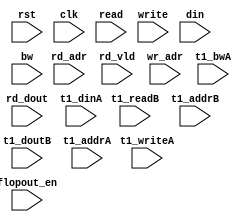
module algo_1r1w_b714_sva_wrap(rst,clk, flopout_en, read, rd_adr, rd_dout, rd_vld, write, wr_adr, din, bw, 
  t1_readB, t1_addrB, t1_doutB,
  t1_writeA, t1_addrA, t1_dinA, t1_bwA

);
parameter IP_WIDTH = 15;
parameter IP_BITWIDTH = 4;
parameter IP_NUMADDR = 256;
parameter IP_BITADDR = 8;
parameter IP_NUMVBNK = 1;
parameter IP_BITVBNK = 0;
parameter IP_SECCBITS = 4;
parameter IP_SECCDWIDTH = 1;
parameter IP_BITPBNK = 0;
parameter FLOPIN = 0;
parameter FLOPOUT = 0;
parameter IP_ENAECC = 0;
parameter IP_DECCBITS = 6;
parameter IP_ENAPAR = 0;
parameter FLOPMEM = 0;
parameter FLOPCMD = 0;
parameter T1_WIDTH = 15;
parameter T1_NUMVBNK = 1;
parameter T1_BITVBNK = 0;
parameter T1_DELAY = 2;
parameter T1_NUMVROW = 256;
parameter T1_BITVROW = 8;
parameter T1_BITWSPF = 0;
parameter T1_NUMWRDS = 1;
parameter T1_BITWRDS = 0;
parameter T1_NUMSROW = 256;
parameter T1_BITSROW = 8;
parameter T1_PHYWDTH = 15;
parameter NUMWRPRT = 1;
parameter NUMRDPRT = 1;
parameter BITADDR = IP_BITADDR;
parameter WIDTH = IP_WIDTH;


input                             rst,clk;

input                             flopout_en;

input  [NUMRDPRT-1:0]             read;
input  [NUMRDPRT*BITADDR-1:0]     rd_adr;
input [NUMRDPRT*WIDTH-1:0]       rd_dout;
input [NUMRDPRT-1:0]             rd_vld;

input  [NUMWRPRT-1:0]             write;
input  [NUMWRPRT*BITADDR-1:0]     wr_adr;
input  [NUMWRPRT*WIDTH-1:0]       din;
input  [NUMWRPRT*WIDTH-1:0]       bw;

input                            t1_readB;
input [BITADDR-1:0]              t1_addrB;
input  [WIDTH-1:0]                t1_doutB;

input                            t1_writeA;
input [BITADDR-1:0]              t1_addrA;
input [WIDTH-1:0]                t1_dinA;
input [WIDTH-1:0]                t1_bwA;

endmodule